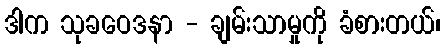
ဒါက သုခဝေဒနာ - ချမ်းသာမှုကို ခံစားတယ်၊